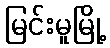
မြင်းမူမြို့